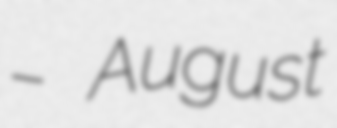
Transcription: – August